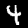
Digit: 4